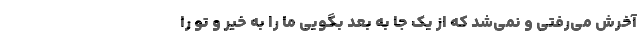
آخرش می‌رفتی و نمی‌شد که از یک جا به بعد بگویی ما را به خیر و تو را